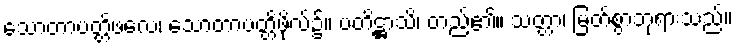
သောတာပတ္တိဖလေ၊ သောတာပတ္တိဖိုလ်၌။ ပတိဋ္ဌာသိ၊ တည်၏။ သတ္တာ၊ မြတ်စွာဘုရားသည်။